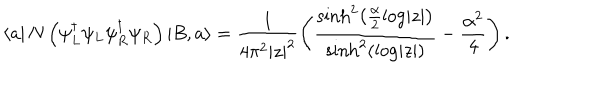
\left\langle a \right| N \left( \psi _ { L } ^ { \dagger } \psi _ { L } \psi _ { R } ^ { \dagger } \psi _ { R } \right) \left| B , a \right\rangle = \frac { 1 } { 4 \pi ^ { 2 } \left| z \right| ^ { 2 } } \left( \frac { \sinh ^ { 2 } \left( \frac { \alpha } { 2 } \log \left| z \right| \right) } { \sinh ^ { 2 } \left( \log \left| z \right| \right) } - \frac { \alpha ^ { 2 } } { 4 } \right) .